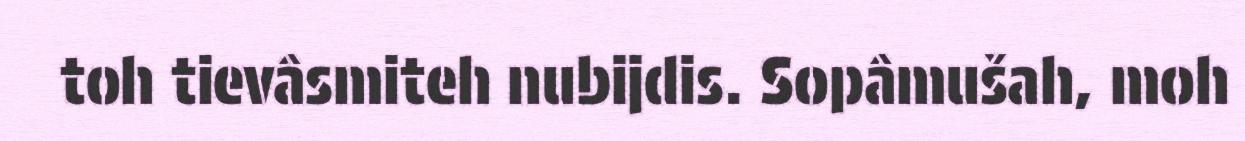
toh tievâsmiteh nubijdis. Sopâmušah, moh